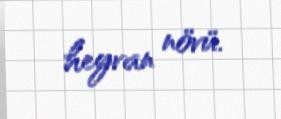
heyvan növü.